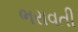
ભરાવતી